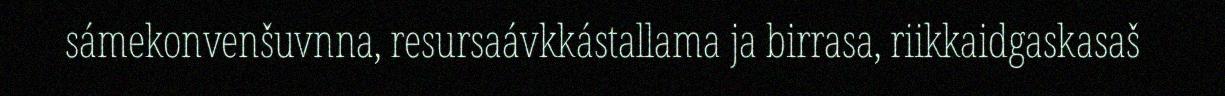
sámekonvenšuvnna, resursaávkkástallama ja birrasa, riikkaidgaskasaš